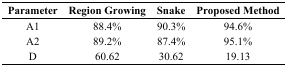
<table><thead><tr><td><b>Parameter</b></td><td><b>Region Growing</b></td><td><b>Snake</b></td><td><b>Proposed Method</b></td></tr></thead><tbody><tr><td>A1</td><td>88.4%</td><td>90.3%</td><td>94.6%</td></tr><tr><td>A2</td><td>89.2%</td><td>87.4%</td><td>95.1%</td></tr><tr><td>D</td><td>60.62</td><td>30.62</td><td>19.13</td></tr></tbody></table>